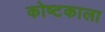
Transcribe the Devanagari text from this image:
कोष्टकाला